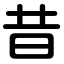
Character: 昔